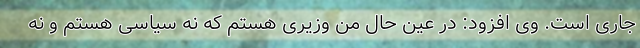
جاری است. وی افزود: در عین حال من وزیری هستم که نه سیاسی هستم و نه